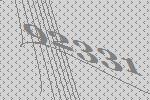
92331